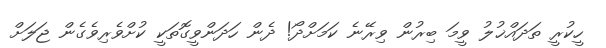
ހީކުރީ ތަދައްޚުލު ވީމަ ބިރުން ވިރޭނެ ކަމަށްދޯ! ދެން ހަދަންވީގޮތަކީ ކުށްވެރިވެގެން ޖަލަށް